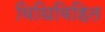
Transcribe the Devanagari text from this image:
विधिविहित